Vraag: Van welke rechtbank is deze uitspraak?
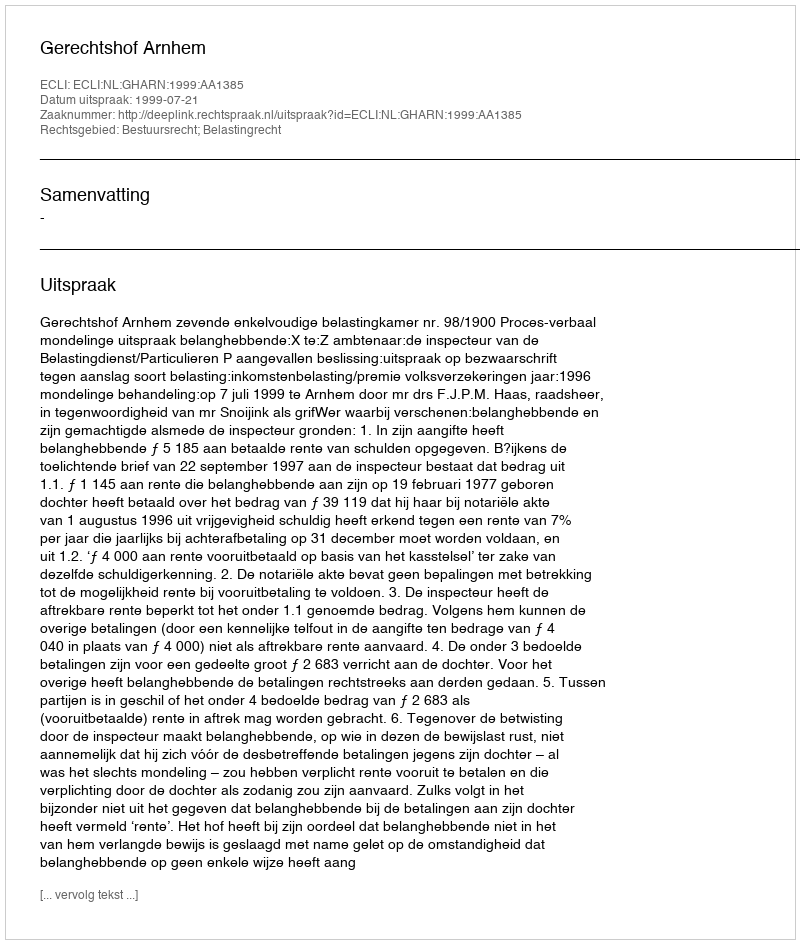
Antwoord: Gerechtshof Arnhem